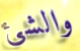
والشئ